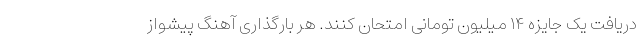
دریافت یک جایزه ۱۴ میلیون تومانی امتحان کنند. هر بارگذاری آهنگ پیشواز